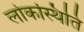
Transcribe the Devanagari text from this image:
लोकस्थिति